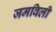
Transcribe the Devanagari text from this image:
जमविली